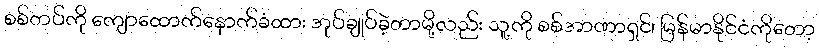
စစ်တပ်ကို ကျောထောက်နောက်ခံထား အုပ်ချုပ်ခဲ့တာမို့လည်း သူ့ကို စစ်အာဏာရှင်၊ မြန်မာနိုင်ငံကိုတော့